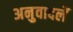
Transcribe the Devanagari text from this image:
अनुवादलें